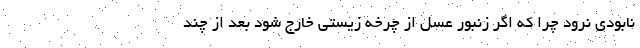
نابودی نرود چرا که اگر زنبور عسل از چرخه زیستی خارج شود بعد از چند